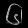
Digit: ၆